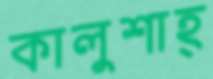
কালুশাহ্